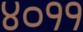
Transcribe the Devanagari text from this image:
४०११